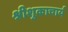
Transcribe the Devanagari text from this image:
श्रीशुकाचार्य